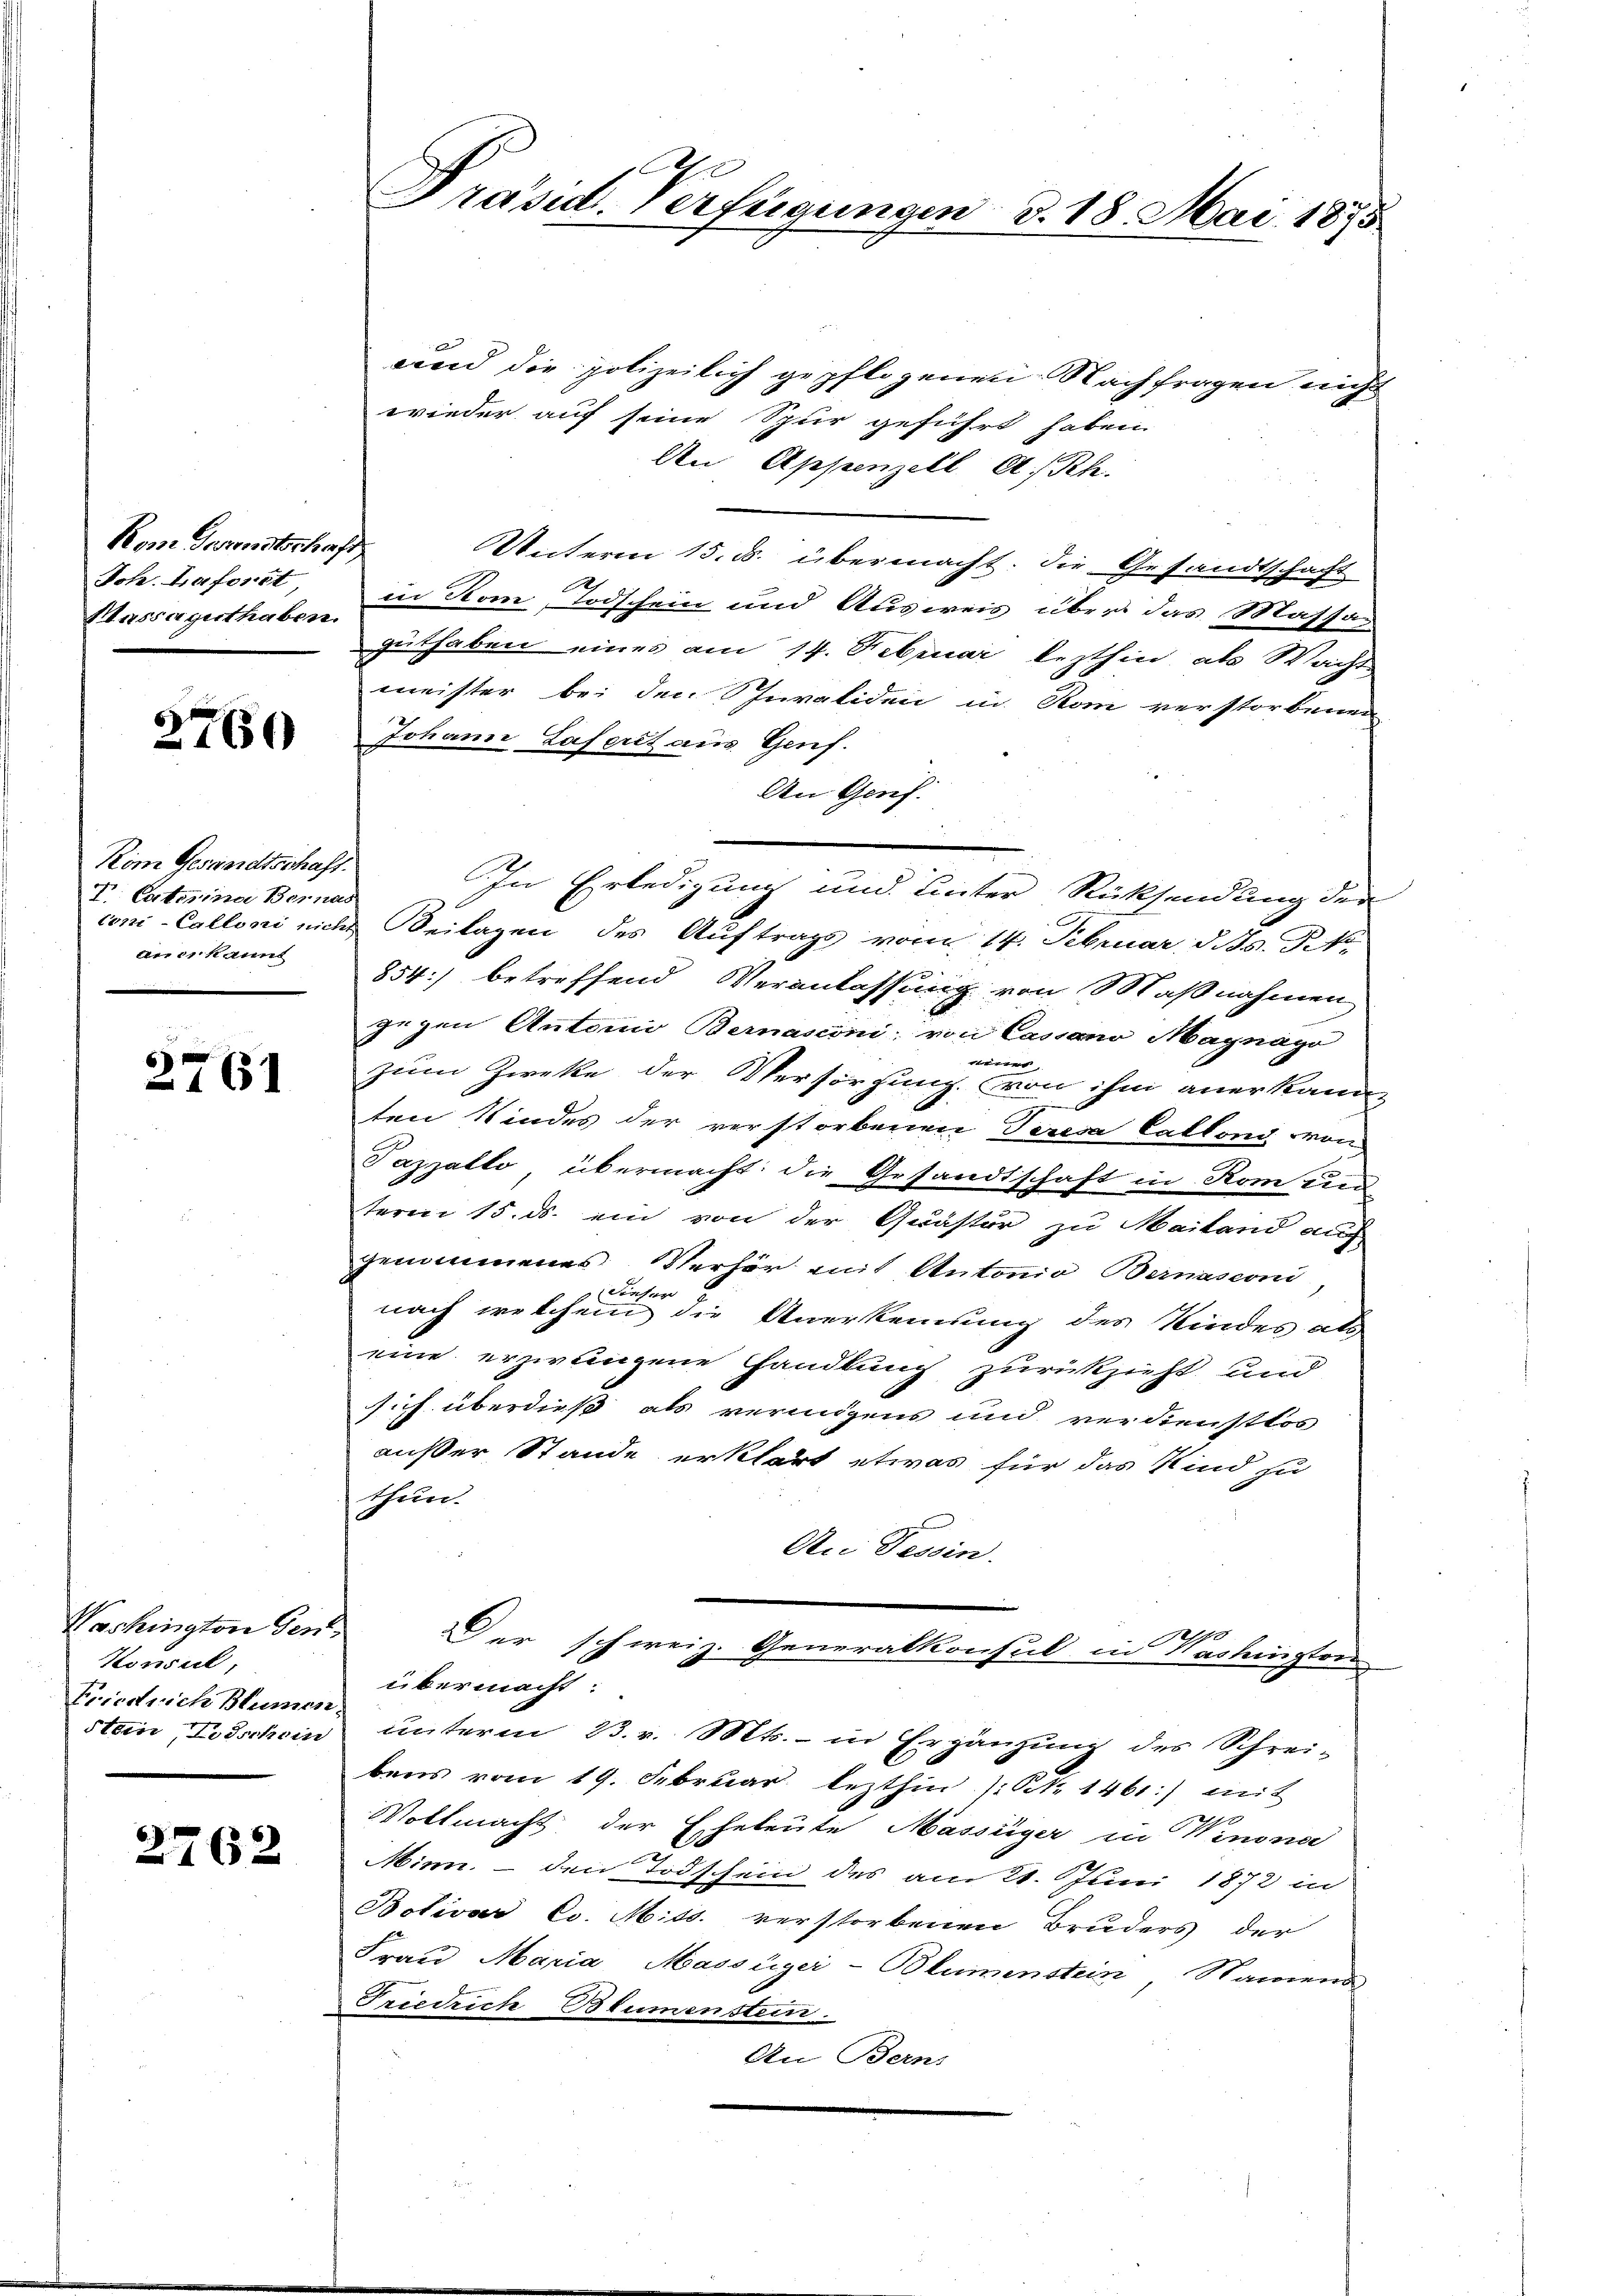
Kom Gerutschaft
Joh. Laforst
Sassaguthaben.

2760

Kom Gesandtschaft.
T. Caterina Bernas
auch kannt

2761

Washingten Gen
Konsul,
Friedrich Blumen
stein, Loischein

2762

Präsid. Verfügungen d. 18. Mai 1875

vnd die polizeilich gepflogenen Nachfragen nicht
wieder auf seine Spur geführt haben.
An Appenzell A.Rh.
Unterm 15. ds. übermacht. Die Gesandtschaft
in Rom, Todschein und Ausweis über das Massas
guthaben eines am 14. Februar lezthin, als Wacht
meister bei den Schevaliden in Rom verstorbenen
Johann Lasert aus Genf.
An Genf.
coni-Calloni nicht Beilagen des Auftrags vom 14. Februar d. Js. P. N
854) betreffend Veranlassung von Maßnahmen
gegen Antonio Bernasconi, von Cassano Magnayo
einer,
zum Zwecke der Versorgung von ihm anerkann-

ten Kindes der verstorbenen Teresa Catfond von
Tazzatto, übermacht: die Gesandtschaft in Rom und
term 15. ds. ein von der Quästor zu Mailand auch
genommenes Verhör mit Antonio Bernasconi
nach welchem die Anerkennung des Kindes als
eine erzwungene Handlung zurückzieht und
sich überdieß als vermögens und verdienstlos
außer Stande erklärt etwas für das Kind zu
thun.
An Tessin.
Der schweiz. Generalkonsul in Washingten
übermacht
unterm 23. v. Mts. in Ergänzung des Schrei-
bens vom 19. Februar lezthin /: Oct. 1461:) mit
Vollmacht der Eheleute Massiger in Winona
Minn. – den Todschein des am 21. Juni 1872 in
Botivar Co. Mits. verstorbenen Bruders der
Frau Maria Massüger-Blumenstein, Namens
Friedrich Blumenstein.
An Berns

In Erledigung und unter Rücksendung der